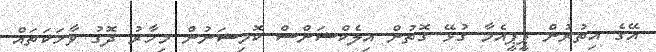
އޭގެ އިތުރުން ޕީޕީއެމާ ގުޅޭ ގޮތުން އިލެކްޝަންސް ކޮމިޝަނުން މިހާރު ދޮގު ވާހަކަތައް